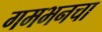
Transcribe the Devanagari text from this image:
गमभनचा